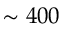
\sim 4 0 0